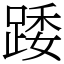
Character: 踒